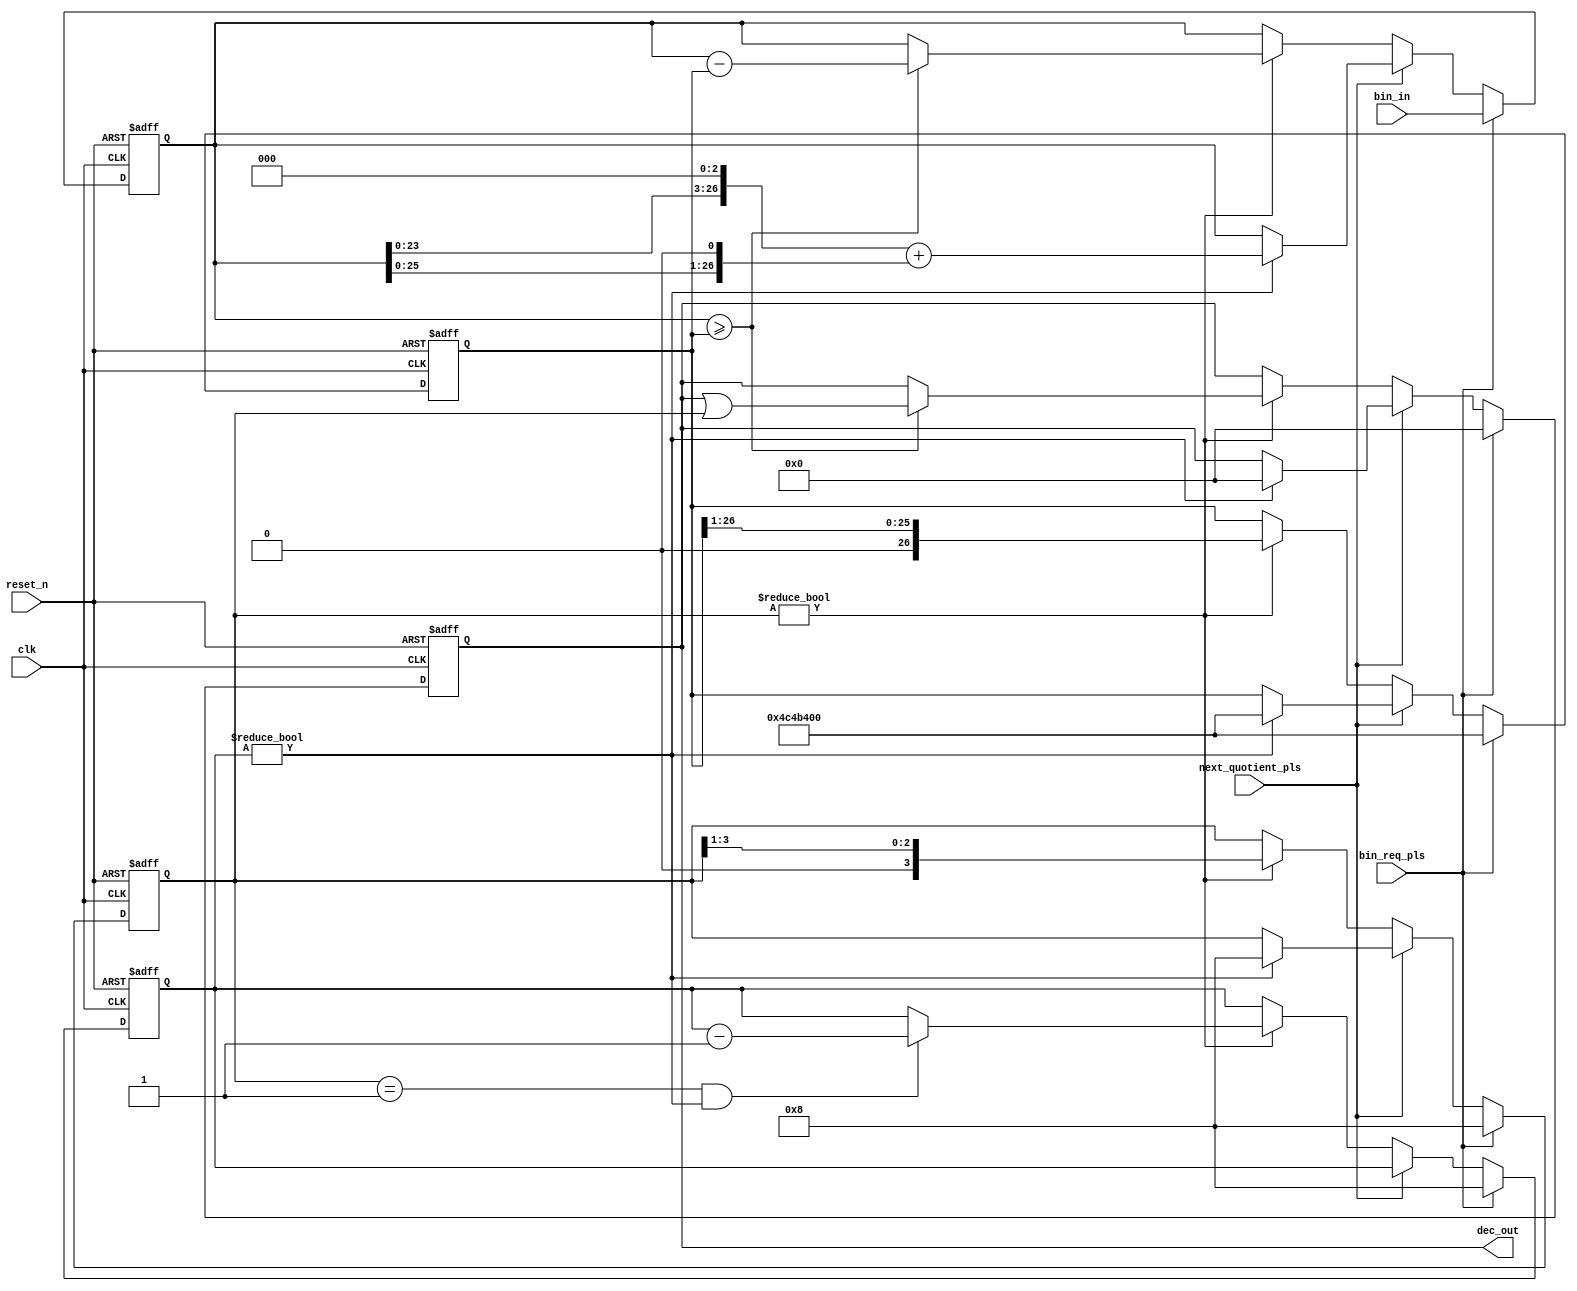
// * * * * * * * * * * * * * * * * * * * * * * * * * * * * * * * * * * * * *
//
//   BCD  Converts binary numbers to decimal numbers sequentially.
//
// create by Hatakeyama Shinichi	2022/12/17
// * * * * * * * * * * * * * * * * * * * * * * * * * * * * * * * * * * * * *


`define bindigit 27
// 
// 
// 1bin_in 26bit  11111111111111111111111111 bin 
// 21067108863 dec
// 3,80  80000000 dec 
// 4, 100110001001011010000000000 bin  27 bit
// 5,bindigit27

`define decdigit 8
// 10
// bindigit2


module bcd_convm (
    input   wire    clk,
    input   wire    reset_n,

	input	wire	bin_req_pls,				// bcd start requested
	input	wire	[`bindigit-1:0]bin_in,
	input	wire	next_quotient_pls,			// 
	output	wire	[3:0]dec_out
   );
	
	reg	[3:0]	curr_digit ;			// 
	reg	[3:0]	dec_sta ;				// 1 0:idle 8-1:operation
	reg	[3:0]	dec_val ;				// 1

	wire 	[`bindigit-1:0]	present_truss8 ;	// 8
	reg		[`bindigit-1:0]	present_truss ;
	reg 	[`bindigit-1:0]	curr_bin	;		// bin
	wire 	[`bindigit-1:0]	sub_bin ;
	wire 	[3:0]	add_dec ;

	assign present_truss8 = 8 * 10**(`decdigit -1);	// 

	assign sub_bin = curr_bin - present_truss ;
	assign add_dec = dec_val | dec_sta ;
	assign dec_out	= dec_val ;

 	always  @(posedge clk or negedge reset_n)begin
		if(!reset_n) begin
			curr_digit			<= 4'h0 ;
			dec_sta				<= 4'h0 ;
			present_truss		<= `bindigit'h0000000 ;
			dec_val				<= 4'h0 ;
			curr_bin			<= `bindigit'h0000000 ;
		end
		else if(bin_req_pls == 1'h1) begin
			// decode start requested
			curr_digit			<= 4'h`decdigit ;

			dec_sta				<= 4'h8 ;	// start bit?
			present_truss 		<= present_truss8 ;
			dec_val				<= 4'h0 ;
			curr_bin			<= bin_in;
		end
		else if(next_quotient_pls == 1'h1)begin
			// 
			if(curr_digit != 4'h0) begin
				dec_sta			<= 4'h8 ;
				present_truss 	<= present_truss8 ;
				dec_val			<= 4'h0 ;
				curr_bin		<= (curr_bin << 3) + (curr_bin << 1);	// ten times the value
			end
		end
		else if(dec_sta != 4'h0)begin
			if(curr_bin >= present_truss) begin
				curr_bin		<= sub_bin ;
				dec_val 		<= add_dec ;
			end
			if((dec_sta == 4'h1) && (curr_digit != 4'h0)) begin
				// one digit is end
				// next Lower digit is set
				curr_digit	<= curr_digit - 1 ;
			end
			dec_sta			<= { 1'h0 ,dec_sta[3:1] 					};
			present_truss	<= { 1'h0 ,present_truss[`bindigit-1:1] 	};
		end
	end
		 
endmodule